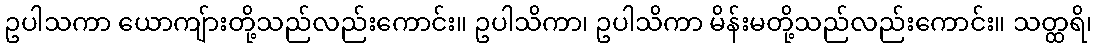
ဥပါသကာ ယောကျ်ားတို့သည်လည်းကောင်း။ ဥပါသိကာ၊ ဥပါသိကာ မိန်းမတို့သည်လည်းကောင်း။ သတ္ထရိ၊